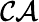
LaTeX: \mathcal{CA}